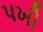
પખી